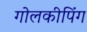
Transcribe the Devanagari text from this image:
गोलकीपिंग